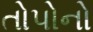
તોપોનો